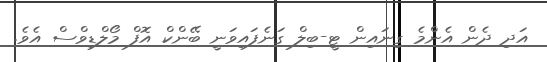
އަދި ދެން އެންމެ ގިނައިން ޓީ-ބިލް ގަނެފައިވަނީ ބޭންކް އޮފް މޯލްޑިވްސް އެވެ.